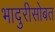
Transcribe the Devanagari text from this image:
भादुरीसोबत